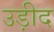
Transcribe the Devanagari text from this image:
उड़ीद